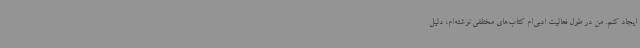
ایجاد کنم. من در طول فعالیت ادبی‌ام کتاب‌های مختلفی نوشته‌ام، دلیل